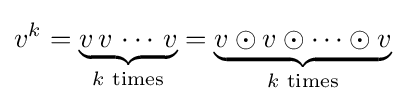
v^{k}=\underbrace {v\,v\,\cdots \,v} _{k{\text{ times}}}=\underbrace {v\odot v\odot \cdots \odot v} _{k{\text{ times}}}